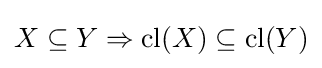
X\subseteq Y\Rightarrow \operatorname {cl} (X)\subseteq \operatorname {cl} (Y)